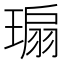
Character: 𬎁